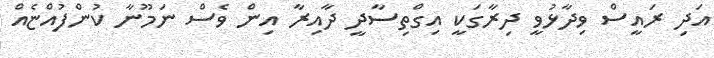
އަދި ރައީސް ވިދާޅުވީ ދިރާގަކީ އިގްތިސާދީ ދާއިރާ އިން ވެސް ނަމޫނާ ކުންފުއްޏެއް